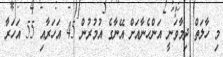
މި ހާލަތް ދިމާވަނީ އަންހެނާއަށް އޭނާގެ އުމުރުން 45 އަހަރާއި 55 އަހަރާ